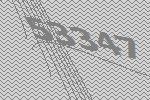
53347